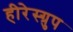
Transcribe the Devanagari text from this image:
हीरेस्ग्रुप